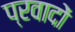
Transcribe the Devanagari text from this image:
प्रवादों